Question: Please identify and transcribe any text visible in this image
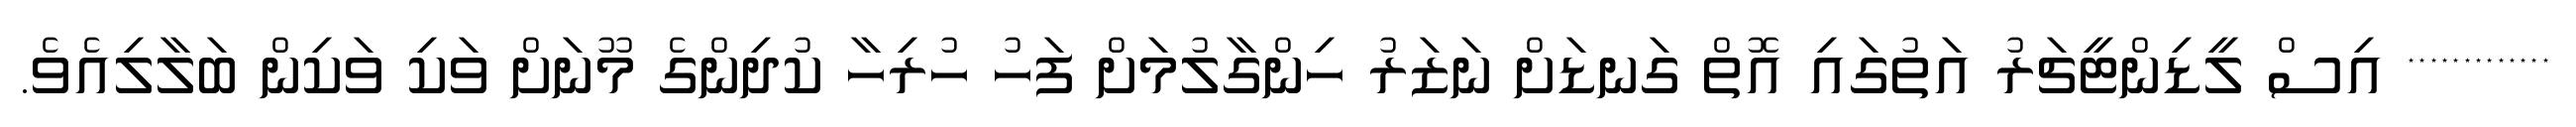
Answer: ************* އިސް ލީޑިންޓީޗަރު އަތުގައި އޮތް ގަނޑަށް ނަޒަރު ހިންގާލުމަށް ފަހު ހުރިހާ ކުދިންގެ މޫނަށް ވަކި ވަކިން ބަލާލިއެވެ.